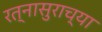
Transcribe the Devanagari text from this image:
रत्नासुराच्या